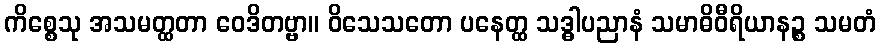
ကိစ္စေသု အသမတ္ထတာ ဝေဒိတဗ္ဗာ။ ဝိသေသတော ပနေတ္ထ သဒ္ဓါပညာနံ သမာဓိဝီရိယာနဉ္စ သမတံ